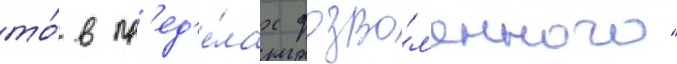
то́ в пр'ед'е́лах дозво́л'енного"